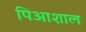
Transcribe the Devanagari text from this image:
पिआशाल